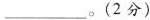
___。（2分）